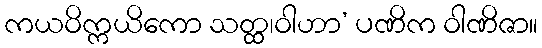
ကယဝိက္ကယိကော သတ္ထ၊ဝါဟာ’ ပဏိက ဝါဏိဇာ။